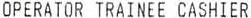
OPERATOR TRAINEE CASHIER